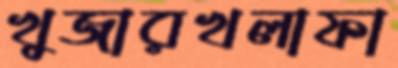
খুজারখলাফা